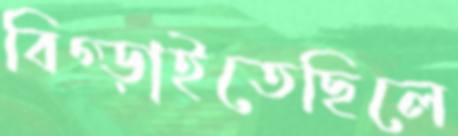
বিগ্‌ড়াইতেছিলে